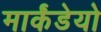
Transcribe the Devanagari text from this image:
मार्कंडेयो